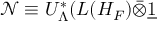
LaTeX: \mathcal { N } \equiv U _ { \Lambda } ^ { * } ( L ( H _ { F } ) \bar { \otimes } \underline { { { 1 } } }